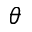
\theta